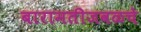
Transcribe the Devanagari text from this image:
बारामतीजवळचे